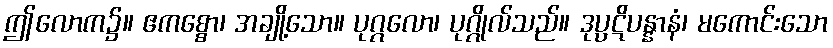
ဤလောက၌။ ဧကစ္စော၊ အချို့သော။ ပုဂ္ဂလော၊ ပုဂ္ဂိုလ်သည်။ ဒုပ္ပဋိပန္နာနံ၊ မကောင်းသော